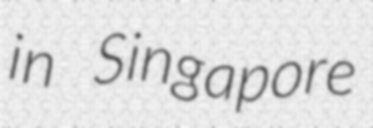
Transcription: in Singapore